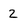
Character: 2